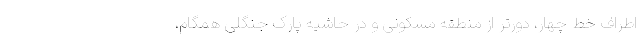
اطراف خط چهار، دورتر از منطقه مسکونی و در حاشیه پارک جنگلی همگام،